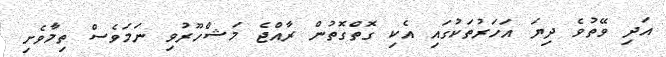
އަދި ވޭތުވެ ދިޔަ އަހަރުތަކުގައި އެކި ގޮތްގޮތުން ރާއްޖެ މަޝްހޫރުވި ނަމަވެސް ތިމާވެށި